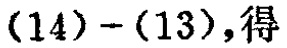
\((14)-(13),得\)